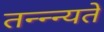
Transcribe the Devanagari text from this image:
तन्न्न्यते